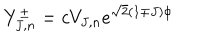
Y _ { J , n } ^ { \pm } = c V _ { J , n } e ^ { \sqrt { 2 } ( 1 \mp J ) \phi }